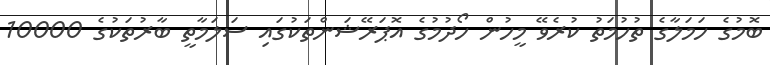
ބޮމުގެ ހަމަލާގެ ތުހުމަތު ކުރެވޭ މީހުން ހޯދުމުގެ އޮޕަރޭޝަންތަކުގައި ސަލަމާތީ ބާރުތަކުގެ 10000